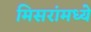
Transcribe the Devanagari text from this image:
मिसरांमध्ये